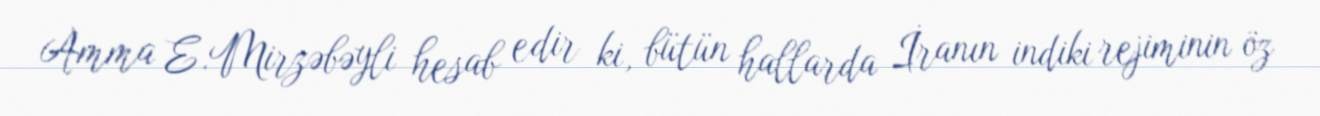
Amma E.Mirzəbəyli hesab edir ki, bütün hallarda İranın indiki rejiminin öz